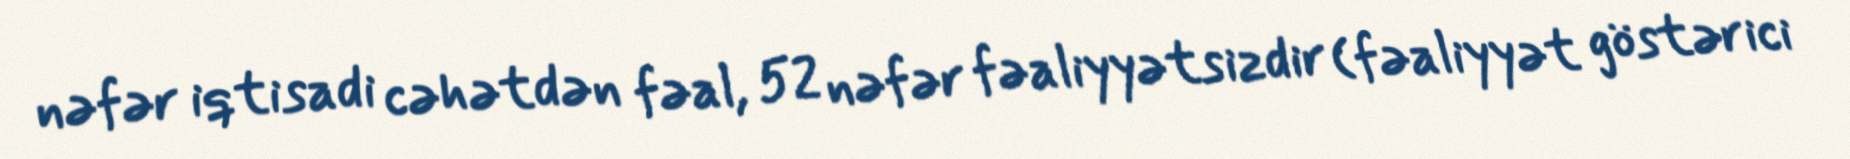
nəfər iqtisadi cəhətdən fəal, 52 nəfər fəaliyyətsizdir (fəaliyyət göstərici